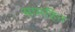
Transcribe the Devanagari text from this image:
सामहित